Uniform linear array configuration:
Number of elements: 8
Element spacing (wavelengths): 0.75
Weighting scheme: kaiser
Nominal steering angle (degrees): -60
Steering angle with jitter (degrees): -59.168
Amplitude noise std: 0.05
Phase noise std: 0.05

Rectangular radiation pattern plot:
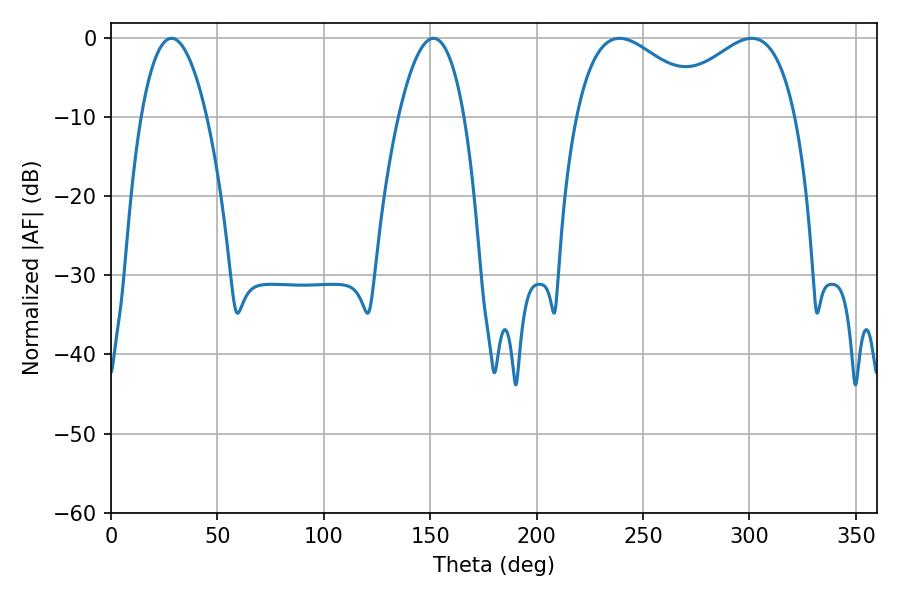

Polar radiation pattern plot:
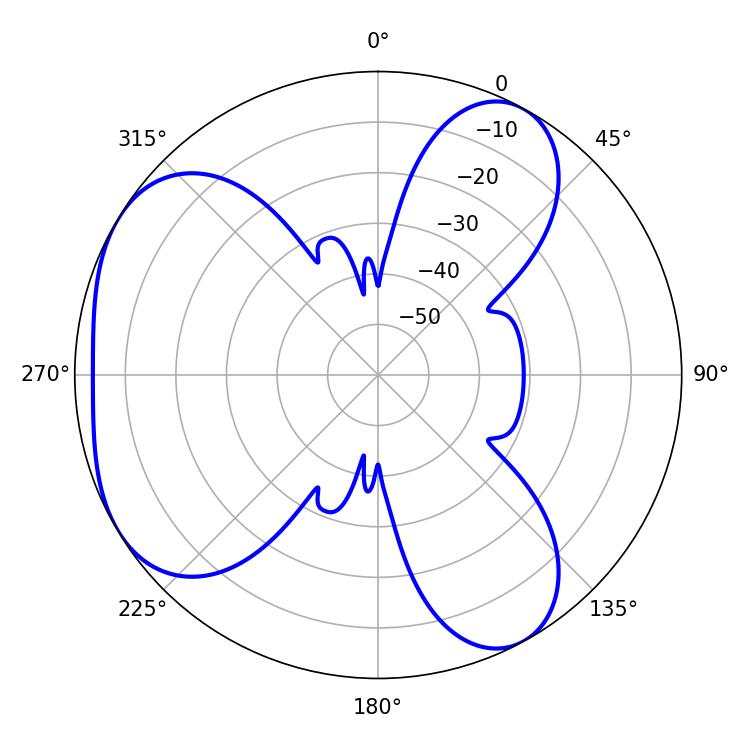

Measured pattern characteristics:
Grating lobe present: TRUE
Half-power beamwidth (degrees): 16.92
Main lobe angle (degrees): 28.44